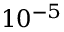
1 0 ^ { - 5 }